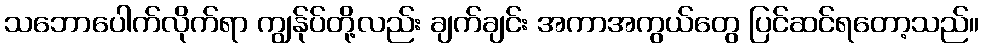
သဘောပေါက်လိုက်ရာ ကျွန်ုပ်တို့လည်း ချက်ချင်း အကာအကွယ်တွေ ပြင်ဆင်ရတော့သည်။